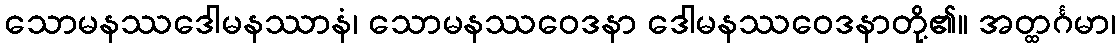
သောမနဿဒေါမနဿာနံ၊ သောမနဿဝေဒနာ ဒေါမနဿဝေဒနာတို့၏။ အတ္ထင်္ဂမာ၊